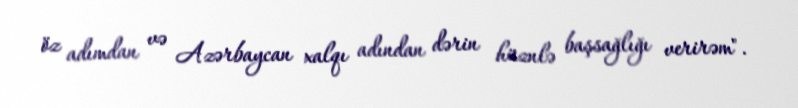
öz adımdan və Azərbaycan xalqı adından dərin hüznlə başsağlığı verirəm".